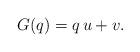
LaTeX: \begin{align*}\mathnormal{G}(q)=q\,u+v.\end{align*}